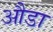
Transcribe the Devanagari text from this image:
औडा